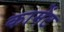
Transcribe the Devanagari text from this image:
कामेंट